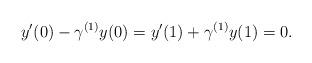
LaTeX: \begin{align*}y'(0)-\gamma^{(1)}y(0)=y'(1)+\gamma^{(1)}y(1)=0.\end{align*}